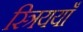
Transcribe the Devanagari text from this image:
स्त्रिययाँ